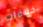
خلافات